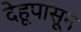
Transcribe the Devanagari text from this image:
देहूपासून